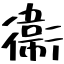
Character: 衞